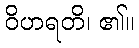
ဝိဟရတိ၊ ၏။